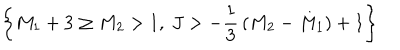
\left\{ M _ { 1 } + 3 \ge M _ { 2 } > 1 , ~ J > - { \frac { 1 } { 3 } } \left( M _ { 2 } - M _ { 1 } \right) + 1 \right\}